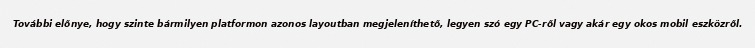
További előnye, hogy szinte bármilyen platformon azonos layoutban megjeleníthető, legyen szó egy PC-ről vagy akár egy okos mobil eszközről.